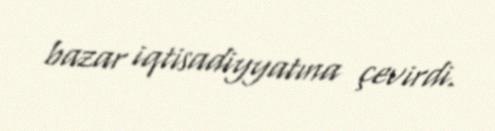
bazar iqtisadiyyatına çevirdi.